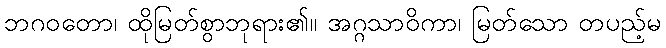
ဘဂဝတော၊ ထိုမြတ်စွာဘုရား၏။ အဂ္ဂသာဝိကာ၊ မြတ်သော တပည့်မ